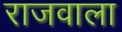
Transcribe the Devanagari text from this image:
राजवाला